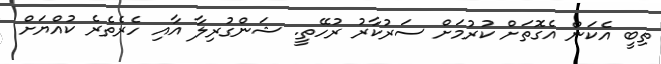
ތިބީ އެކަން އެގޮތަށް ކުރުމަށް ސަރުކާރު ރުހޭތީ. ޝަންގުރިލާ އާއި ހެރެތެރެ ކުއްޔަށް